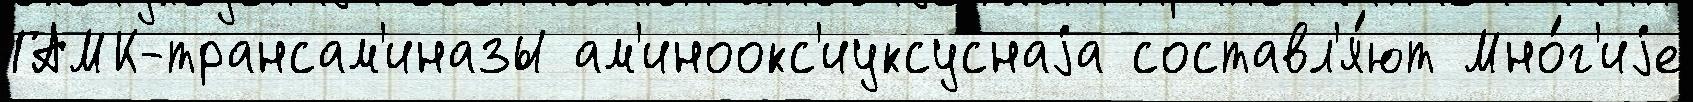
ГАМК-трансам'иназы ам'иноокс'иуксуснаjа составл'я́ют Мно́г'иjе